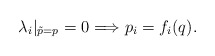
\begin{align*}\lambda_i |_{\tilde p=p} =0 \Longrightarrow p_i=f_i(q){.}\end{align*}